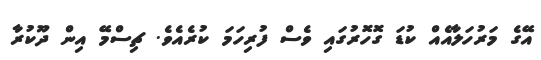
އޭގެ މަރުހަލާއެއް ކުޑަ ގޮހޮރުގައި ވެސް ފުރިހަމަ ކުރެއެވެ. ޗިސްމޭ އިން ދޫކުރާ